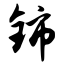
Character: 铈